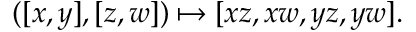
( [ x , y ] , [ z , w ] ) \mapsto [ x z , x w , y z , y w ] .